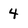
Character: 4